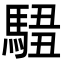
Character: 𩣿